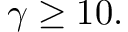
\gamma \geq 1 0 .